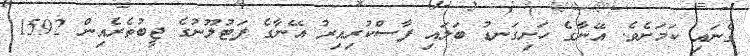
ގެނައި ކަމަށެވެ. އޭނާގެ ހަށިގަނޑު ބަލައި ފާސްކުރިއިރު އޭނާގެ ފަޓުލޫނުގެ ޖީބުތެރެއިން 1592